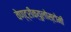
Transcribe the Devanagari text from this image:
वेण्ट्रीक्युलोस्टोमी